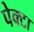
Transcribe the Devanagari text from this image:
पेक्टा